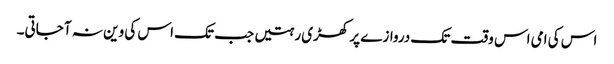
اس کی امی اس وقت تک دروازے پر کھڑی رہتیں جب تک اس کی وین نہ آ جاتی۔